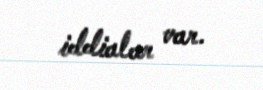
iddialar var.